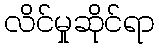
လိင်မှုဆိုင်ရာ